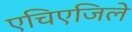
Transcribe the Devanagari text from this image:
एचिएजिले